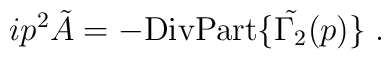
ip^2 \tilde A = -\mbox{DivPart} \{ \tilde{\Gamma_2} (p)\}\; .